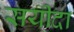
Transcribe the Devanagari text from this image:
सयीदा